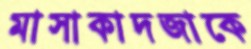
মাসাকাদজাকে